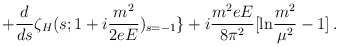
\begin{align*}+\frac{d}{ds}\zeta _{H}(s;1+i\frac{m^{2}}{2eE})_{s=-1}\}+i\frac{m^{2}eE}{8\pi ^{2}}[\mbox{ln}\frac{m^{2}}{\mu ^{2}}-1]\, .\end{align*}